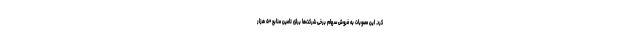
کرد. این مصوبات به فروش سهام برخی شرکت‌ها برای تامین منابع ۵۰ هزار